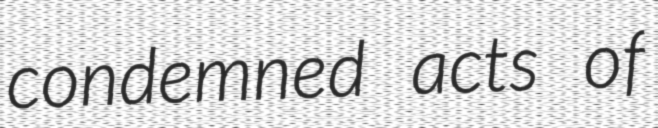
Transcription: condemned acts of